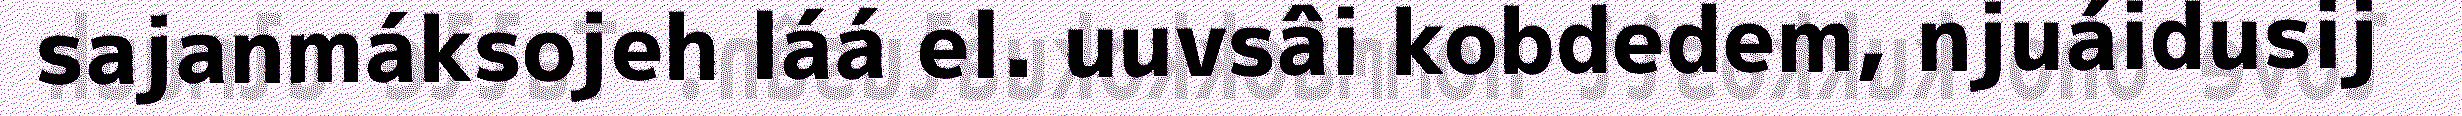
sajanmáksojeh láá el. uuvsâi kobdedem, njuáidusij